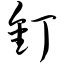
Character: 钉